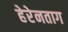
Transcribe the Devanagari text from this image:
हेरेनताग